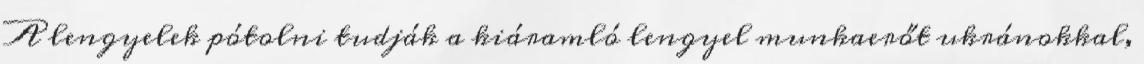
A lengyelek pótolni tudják a kiáramló lengyel munkaerőt ukránokkal,